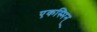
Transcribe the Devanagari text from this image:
एकस्मिन्